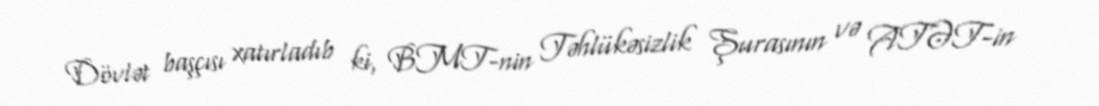
Dövlət başçısı xatırladıb ki, BMT-nin Təhlükəsizlik Şurasının və ATƏT-in